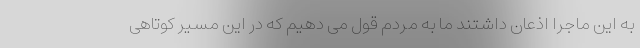
به این ماجرا اذعان داشتند ما به مردم قول می دهیم که در این مسیر کوتاهی